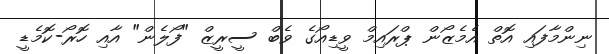
ނިންމާފައި އޮތް އެމެޒޯން ޕްރައިމް ވީޑިއޯގެ ވެބް ސީރީޒް "ފޯލެން" އާއި ހޮރޯ-ކޮމެޑީ